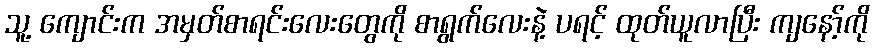
သူ့ ကျောင်းက အမှတ်စာရင်းလေးတွေကို စာရွက်လေးနဲ့ ပရင့် ထုတ်ယူလာပြီး ကျနော့်ကို